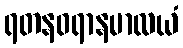
ရတနဝရာနမာလယံ